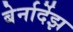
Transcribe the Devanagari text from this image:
बेर्नार्देझ